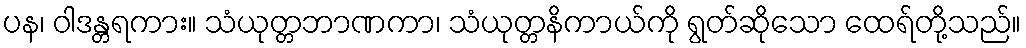
ပန၊ ဝါဒန္တရကား။ သံယုတ္တဘာဏကာ၊ သံယုတ္တနိကာယ်ကို ရွတ်ဆိုသော ထေရ်တို့သည်။